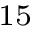
^ { 1 5 }